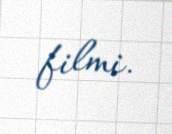
filmi.